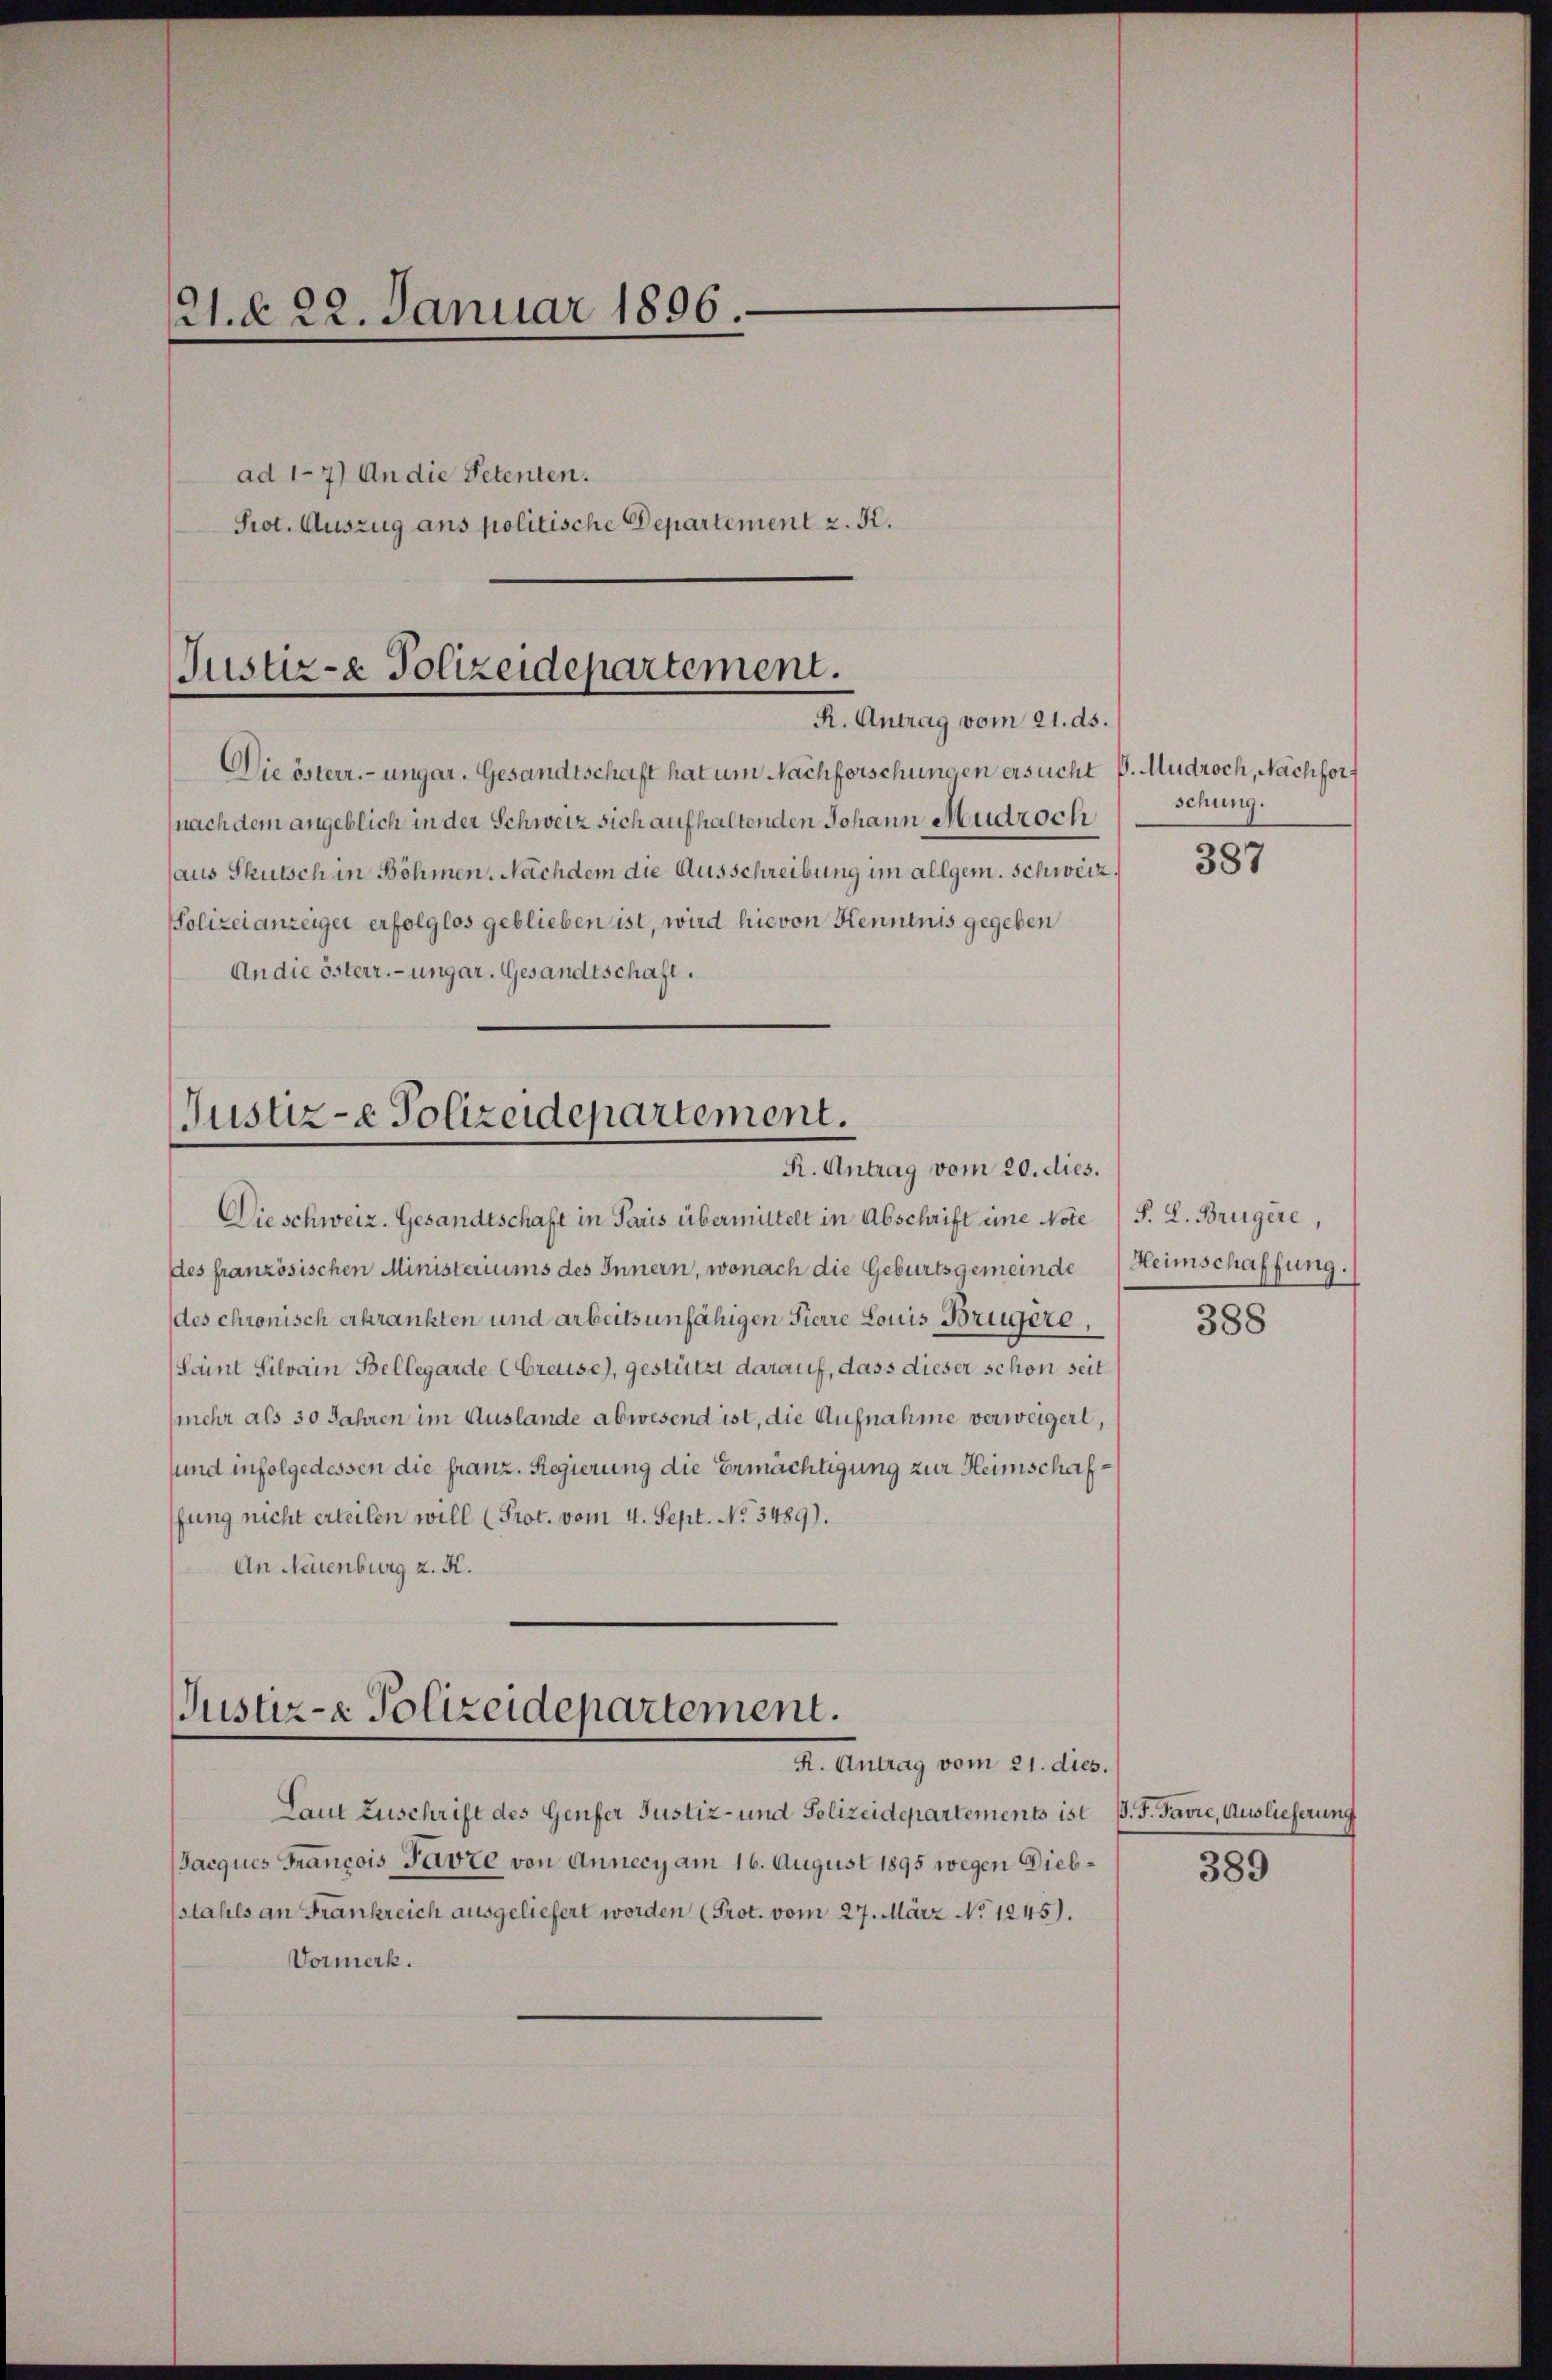
21. d. 22. Januar 1896.
ad 17) An die Petenten.
Prot. Auszug ans politische Departement z. K.

Justiz- & Polizeidepartement.
R. Antrag vom 21. ds.

Die österr.-ungar. Gesandtschaft hat um Nachforschungen ersucht d. Mudroch, Nachfort
nach dem angeblich in der Schweiz sich aufhaltenden Johann Mudroch
Polizeianzeiger erfolglos geblieben ist, wird hievon Kenntnis gegeben
An die österr. ungar. Gesandtschaft.

Dieschweiz. Gesandtschaft in Paris übermittelt in Abschrift eine Note F. L. Brügère,
des französischen Ministeriums des Innern, wonach die Geburtsgemeinde Heimschaffung.
des chronisch erkrankten und arbeitsunfähigen Pierre Louis Brügere,

aus Skutsch in Böhmen. Nachdem die Ausschreibung im allgem. Schweiz.

Justiz-e Polizeidepartement.
R. Antrag vom 20. dies.

Justiz- & Polizeidepartement.
R. Antrag vom 21. dies.

Laut Zuschrift des Genfer Justiz- und Polizeidepartements ist. F. Favre, Auslieferung
Jacques François Parze von Annecy am 16. August 1895 wegen Diebstahls an Frankreich ausgeliefert worden (Prot. vom 27. März No. 1245).
Vormerk.

(Saint Silvain Bellegarde (Greuse), gestützt darauf, dass dieser schon seit
(mehr als 30 Jahren im Auslande abwesend ist, die Aufnahme verweigert,
sund infolgedessen die franz. Regierung die Ermächtigung zur Heimschaffung nicht erteilen will (Prot. vom 4. Sept. No. 3489).
An Neuenburg z. K.

schung.

387

388

389